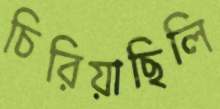
চিরিয়াছিলি